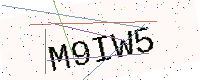
Text: M9IW5